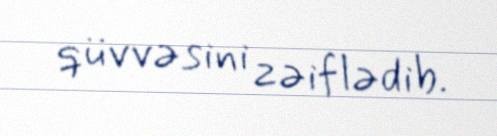
qüvvəsini zəiflədib.